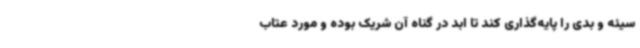
سیئه و بدی را پایه‌گذاری کند تا ابد در گناه آن شریک بوده و مورد عتاب